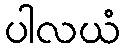
ပါလယံ